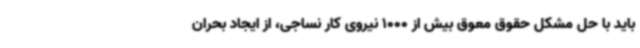
باید با حل مشکل حقوق معوق بیش از 1000 نیروی کار نساجی، از ایجاد بحران